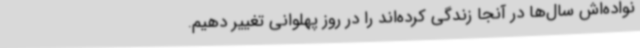
نواده‌اش سال‌ها در آنجا زندگی کرده‌اند را در روز پهلوانی تغییر دهیم.